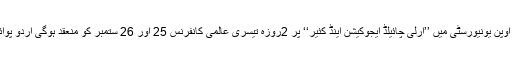
علامہ اقبال اوپن یونیورسٹی میں ’’ارلی چائیلڈ ایجوکیشن اینڈ کئیر‘‘ پر 2روزہ تیسری عالمی کانفرنس 25 اور 26 ستمبر کو منعقد ہوگی اُردو پوائنٹ پاکستان